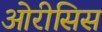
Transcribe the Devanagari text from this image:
ओरीसिस